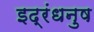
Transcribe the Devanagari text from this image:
इद्रंधनुष